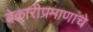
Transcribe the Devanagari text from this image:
बेकारीप्रमाणांचे